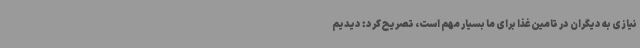
نیازی به دیگران در تامین غذا برای ما بسیار مهم است، تصریح کرد: دیدیم